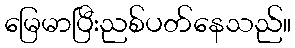
မြေမာပြီးညစ်ပတ်နေသည်။